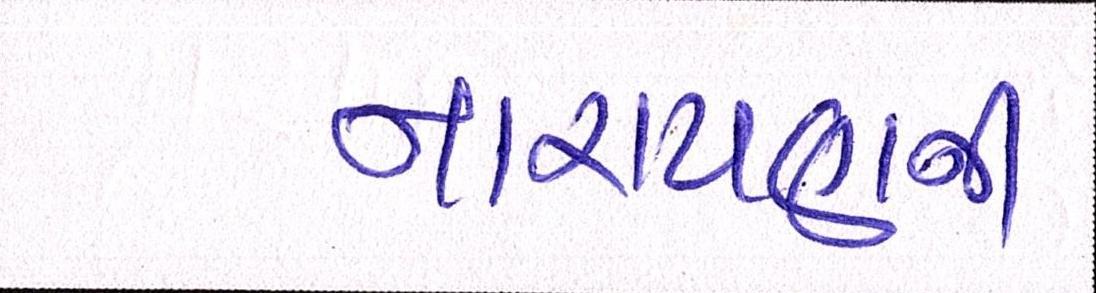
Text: નારાયણની